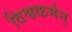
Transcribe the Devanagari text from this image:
विश्वकर्मन्‌